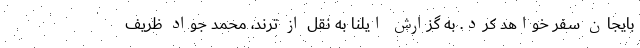
بایجان سفر خواهد کرد. به گزارش ایلنا به نقل از ترند، محمد جواد ظریف